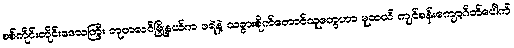
စစ်ကိုင်းတိုင်းဒေသကြီး ဘုတလင်မြို့နယ်က ဖရဲနဲ့ သခွားစိုက်တောင်သူတွေဟာ မူဆယ် ကျင်စန်းကျော့ဂိတ်ပေါက်